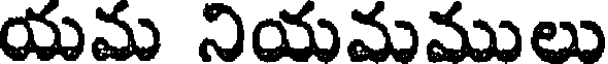
యమ నియమములు